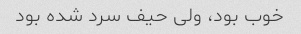
خوب بود، ولی حیف سرد شده بود